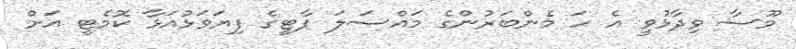
މޫސާ ވިދާޅުވީ އެ ހަ މެންބަރުންގެ މައްސަލަ ޕާޓީގެ ފިޔަވަޅުއަޅާ ކޮމެޓީ އަށް